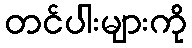
တင်ပါးများကို